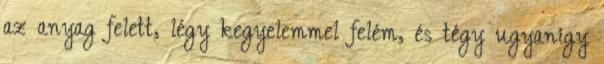
az anyag felett, légy kegyelemmel felém, és tégy ugyanígy